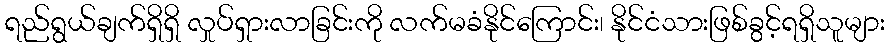
ရည်ရွယ်ချက်ရှိရှိ လှုပ်ရှားလာခြင်းကို လက်မခံနိုင်ကြောင်း၊ နိုင်ငံသားဖြစ်ခွင့်ရရှိသူများ